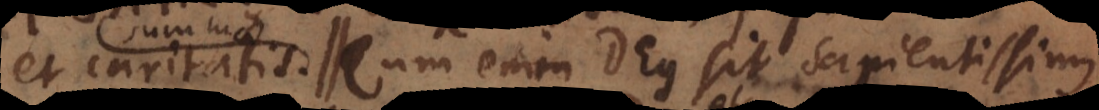
caritatem. Cum enim Deus sit sapientissimus